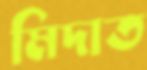
মিদাত